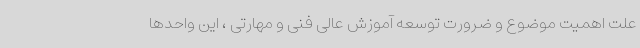
علت اهمیت موضوع و ضرورت توسعه آموزش عالی فنی و مهارتی ، این واحدها